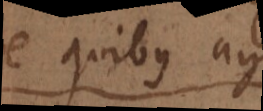
de quibus agit